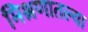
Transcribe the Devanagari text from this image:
मिश्रणातल्या